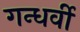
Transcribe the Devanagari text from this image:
गन्धर्वी